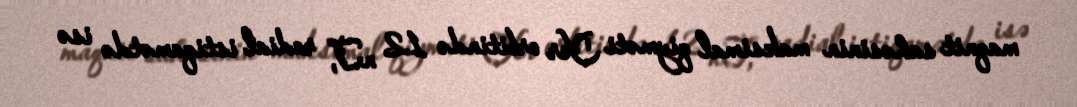
maqnit sahəsinin maksimal qiyməti Yer orbitində 12 nT, radial istiqamətdə isə